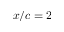
x / c = 2